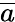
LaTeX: \overline{a}